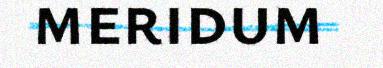
meridum